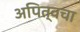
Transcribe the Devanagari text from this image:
अपित्वचा